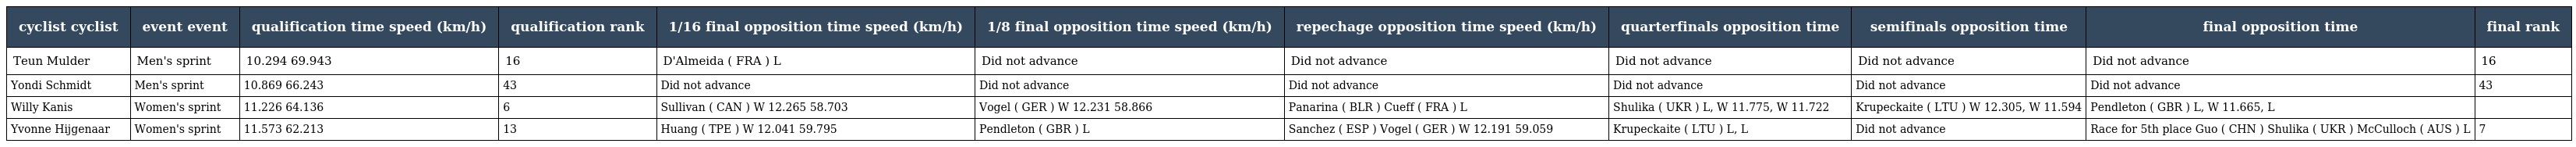
| cyclist cyclist | event event | qualification time speed (km/h) | qualification rank | 1/16 final opposition time speed (km/h) | 1/8 final opposition time speed (km/h) | repechage opposition time speed (km/h) | quarterfinals opposition time | semifinals opposition time | final opposition time | final rank |
 | --- | --- | --- | --- | --- | --- | --- | --- | --- | --- | --- |
 | Teun Mulder | Men's sprint | 10.294 69.943 | 16 | D'Almeida ( FRA ) L | Did not advance | Did not advance | Did not advance | Did not advance | Did not advance | 16 |
 | Yondi Schmidt | Men's sprint | 10.869 66.243 | 43 | Did not advance | Did not advance | Did not advance | Did not advance | Did not advance | Did not advance | 43 |
 | Willy Kanis | Women's sprint | 11.226 64.136 | 6 | Sullivan ( CAN ) W 12.265 58.703 | Vogel ( GER ) W 12.231 58.866 | Panarina ( BLR ) Cueff ( FRA ) L | Shulika ( UKR ) L, W 11.775, W 11.722 | Krupeckaite ( LTU ) W 12.305, W 11.594 | Pendleton ( GBR ) L, W 11.665, L |  |
 | Yvonne Hijgenaar | Women's sprint | 11.573 62.213 | 13 | Huang ( TPE ) W 12.041 59.795 | Pendleton ( GBR ) L | Sanchez ( ESP ) Vogel ( GER ) W 12.191 59.059 | Krupeckaite ( LTU ) L, L | Did not advance | Race for 5th place Guo ( CHN ) Shulika ( UKR ) McCulloch ( AUS ) L | 7 |